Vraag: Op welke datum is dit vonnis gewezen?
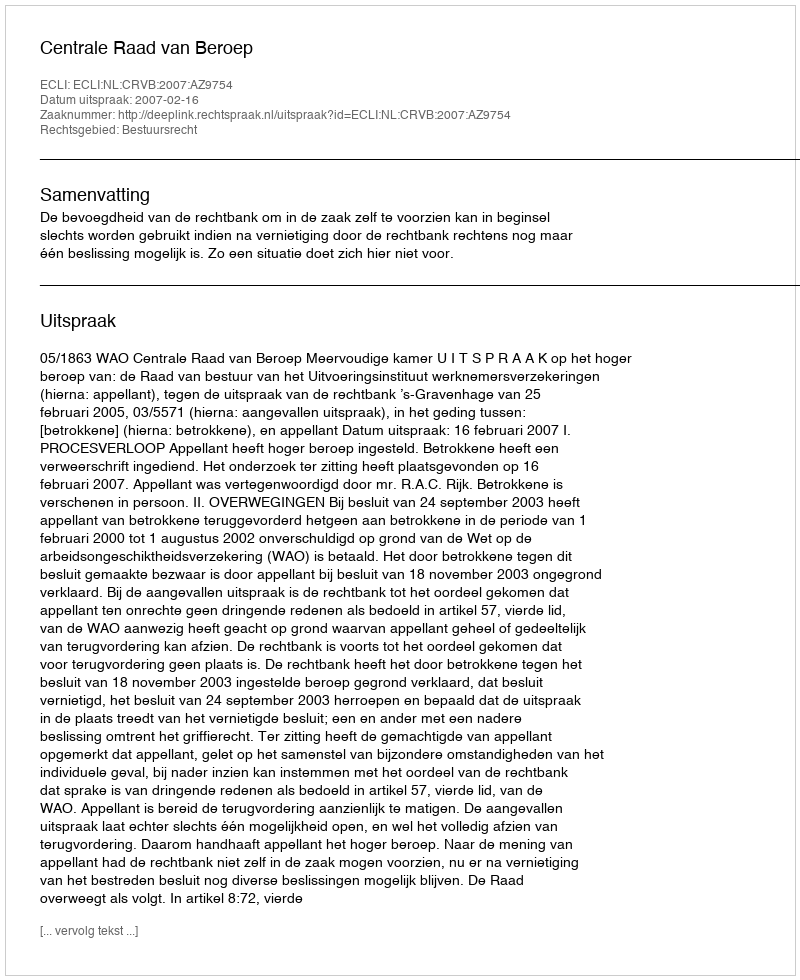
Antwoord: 2007-02-16